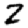
Digit: 2